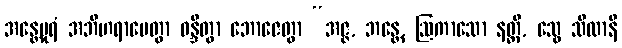
အန္တေပုရံ အဘိဟရာပေတွာ ဝန္ဒိတွာ ဘောဇေတွာ “အဇ္ဇ, ဘန္တေ, ဩကာသော နတ္ထိ, သွေ သီလာနိ